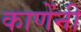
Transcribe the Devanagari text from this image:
काणेंनी